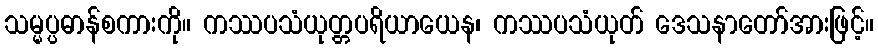
သမ္မပ္ပဓာန်စကားကို။ ကဿပသံယုတ္တပရိယာယေန၊ ကဿပသံယုတ် ဒေသနာတော်အားဖြင့်။